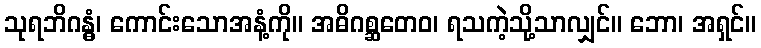
သုရဘိဂန္ဓံ၊ ကောင်းသောအနံ့ကို။ အဓိဂစ္ဆတေဝ၊ ရသကဲ့သို့သာလျှင်။ ဘော၊ အရှင်။